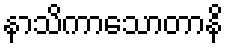
နာသိကာသောတာနိ